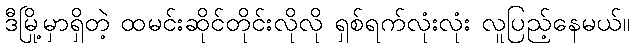
ဒီမြို့မှာရှိတဲ့ ထမင်းဆိုင်တိုင်းလိုလို ရှစ်ရက်လုံးလုံး လူပြည့်နေမယ်။